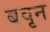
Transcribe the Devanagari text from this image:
बवृन